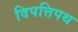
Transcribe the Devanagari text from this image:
विपत्तिपथ